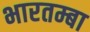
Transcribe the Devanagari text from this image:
भारतम्बा